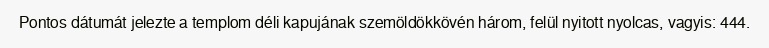
Pontos dátumát jelezte a templom déli kapujának szemöldökkövén három, felül nyitott nyolcas, vagyis: 444.